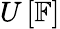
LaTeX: U\left[\mathbb{F}\right]